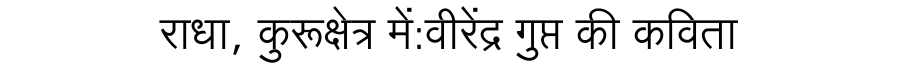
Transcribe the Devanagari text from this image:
राधा, कुरूक्षेत्र में:वीरेंद्र गुप्त की कविता